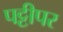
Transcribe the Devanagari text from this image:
पट्टीपर